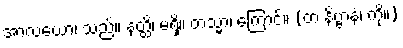
အာလယော၊ သည်။ နတ္ထိ၊ မရှိ။ တသ္မာ၊ ကြောင့်။ (တံ နိဗ္ဗာနံ၊ ကို။)